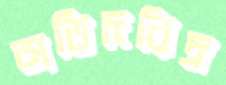
অতিদরিদ্র